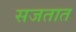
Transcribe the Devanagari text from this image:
सजतात